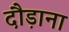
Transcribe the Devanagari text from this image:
दौड़ाना